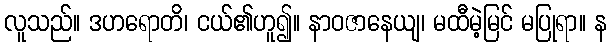
လူသည်။ ဒဟရောတိ၊ ငယ်၏ဟူ၍။ နာဝဇာနေယျ၊ မထီမဲ့မြင် မပြုရာ။ န